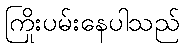
ကြိုးပမ်းနေပါသည်